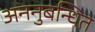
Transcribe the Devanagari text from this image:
अननुबन्धित